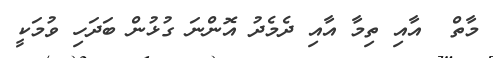
މާތް  އާއި ތިމާ އާއި ދެމެދު އޮންނަ ގުޅުން ބަދަހި ވުމަކީ